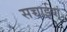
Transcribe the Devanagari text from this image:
सच्चाईयां